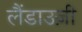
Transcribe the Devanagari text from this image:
लैंडाउज़ी